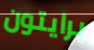
برايتون